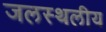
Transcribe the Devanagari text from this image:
जलस्थलीय